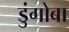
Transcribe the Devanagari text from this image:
डुंगोबा